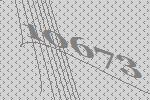
10673